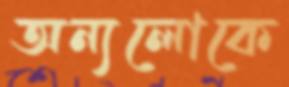
অন্যলোকে